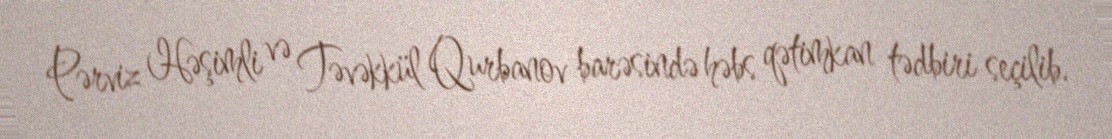
Pərviz Həşimli və Təvəkkül Qurbanov barəsində həbs qətimkan tədbiri seçilib.